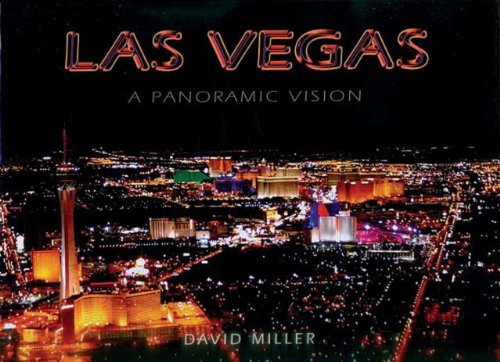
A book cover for Las Vegas; David Miller; Travel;